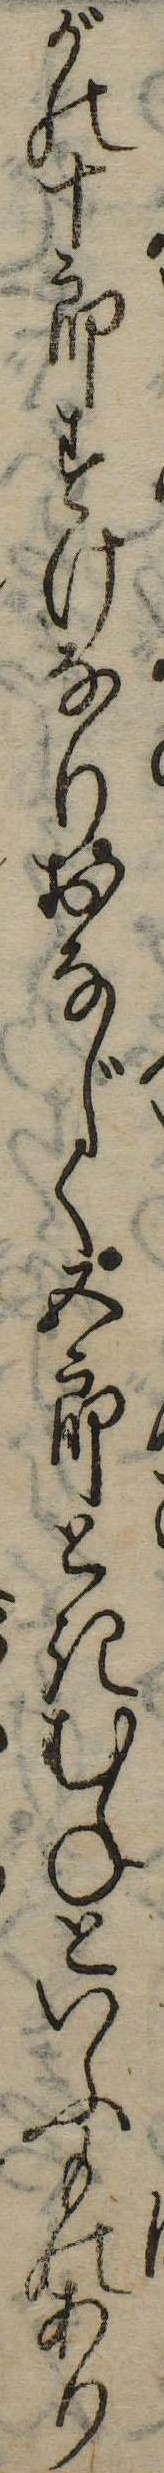
がの十郎すけなりおなじく五郎ときむねといふものあり